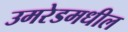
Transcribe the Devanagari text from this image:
उमरेडमधील